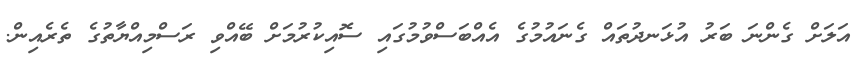
އަލަށް ގެންނަ ބަރު އުޅަނދުތައް ގެނައުމުގެ އެއްބަސްވުމުގައި ސޮއިކުރުމަށް ބޭއްވި ރަސްމިއްޔާތުގެ ތެރެއިން.